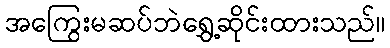
အကြွေးမဆပ်ဘဲရွှေ့ဆိုင်းထားသည်။